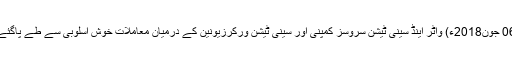
06 جون2018ء) واٹر اینڈ سینی ٹیشن سروسز کمپنی اور سینی ٹیشن ورکرزیونین کے درمیان معاملات خوش اسلوبی سے طے پاگئے۔